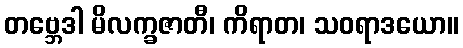
တဗ္ဘေဒါ မိလက္ခဇာတီ၊ ကိရာတ၊ သဝရာဒယော။